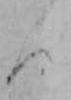
ん